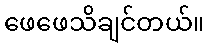
ဖေဖေသိချင်တယ်။